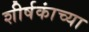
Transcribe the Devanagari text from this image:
शीर्षकांच्या